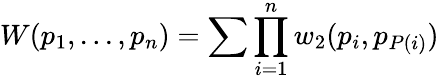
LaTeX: W(p_{1},...,p_{n})=\sum\prod_{i=1}^{n}w_{2}(p_{i},p_{P(i)})